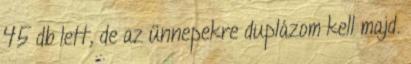
45 db lett, de az ünnepekre duplázom kell majd.